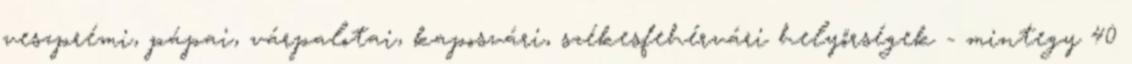
veszprémi, pápai, várpalotai, kaposvári, székesfehérvári helyőrségek - mintegy 40